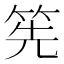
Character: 筅